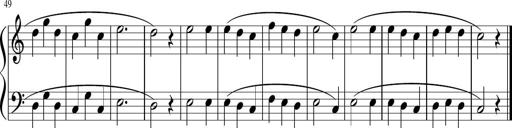
Title: 6 Instructive Sonatinas
Composer: Jacob Schmitt